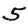
Digit: 5